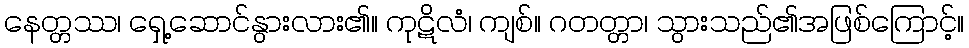
နေတ္တဿ၊ ရှေ့ဆောင်နွားလား၏။ ကုဋိလံ၊ ကျစ်။ ဂတတ္တာ၊ သွားသည်၏အဖြစ်ကြောင့်။